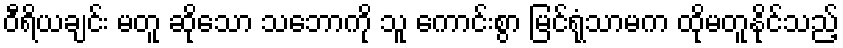
ဝီရိယချင်း မတူ ဆိုသော သဘောကို သူ ကောင်းစွာ မြင်ရုံသာမက ထိုမတူနိုင်သည့်